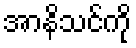
အာနိသင်ကို